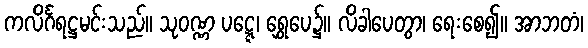
ကလိင်္ဂရဋ္ဌမင်းသည်။ သုဝဏ္ဏ ပဋ္ဋေ၊ ရွှေပေ၌။ လိခါပေတွာ၊ ရေးစေ၍။ အာဘတံ၊